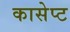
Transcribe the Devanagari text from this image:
कासेप्ट